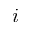
i